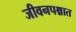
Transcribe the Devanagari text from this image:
जीवनपश्चात